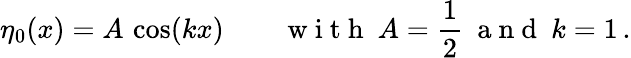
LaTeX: \eta_{0}(x)=A\, \cos(kx)\qquad\mathrm{~w~i~t~h~}\ A=\frac{1}{2}\ \mathrm{~a~n~d~}\ k=1\, .